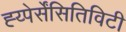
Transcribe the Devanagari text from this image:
ह्य्पेर्सेंसितिविटी